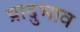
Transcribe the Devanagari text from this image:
प्रादुभाव